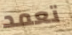
تعمد